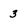
Character: 3